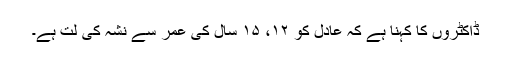
ڈاکٹروں کا کہنا ہے کہ عادل کو ۱۲، ۱۵ سال کی عمر سے نشہ کی لت ہے۔